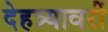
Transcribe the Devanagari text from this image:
देहत्र्यावरीं